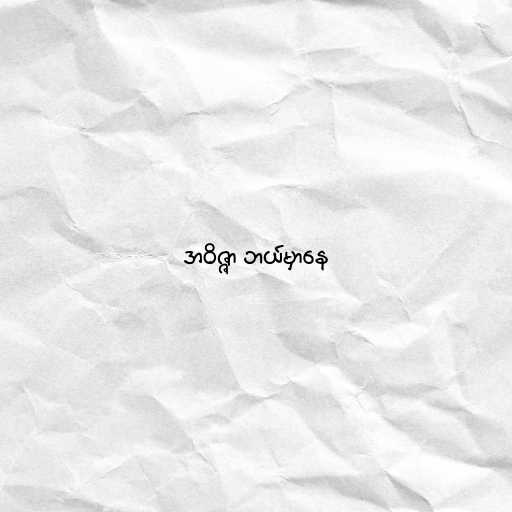
အဝိဇ္ဇာ ဘယ်မှာနေ